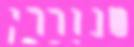
שנוררי